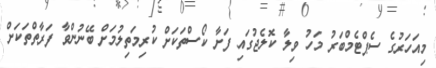
މިއަހަރުގެ ސެޕްޓެމްބަރު މަހު ވިލާ ކޮލެޖުގައި ފަށާ ކޯސްތަކަށް ކުރިމަތިލުމަށް ބޭނުންވާ ފަރާތްތަކަށް